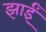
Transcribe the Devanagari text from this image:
झाईं